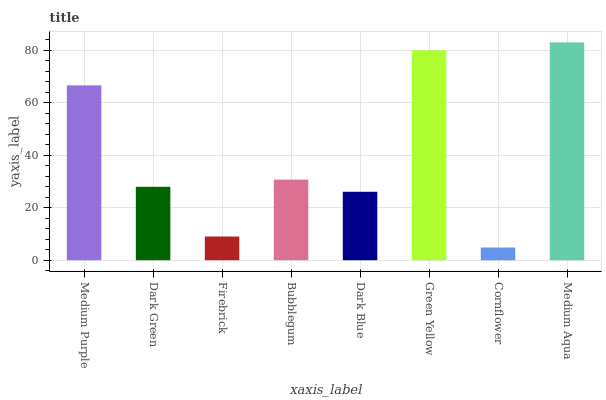
| xaxis_label | bars |
 | --- | --- |
 | Medium Purple | 66.6 |
 | Dark Green | 28 |
 | Firebrick | 9.03 |
 | Bubblegum | 30.7 |
 | Dark Blue | 26.1 |
 | Green Yellow | 80 |
 | Cornflower | 4.84 |
 | Medium Aqua | 83 |